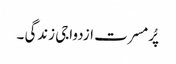
پُرمسرت ازدواجی زندگی ۔